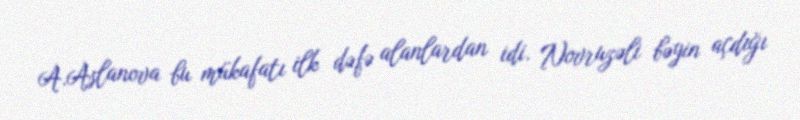
A.Aslanova bu mükafatı ilk dəfə alanlardan idi. Novruzəli bəyin açdığı